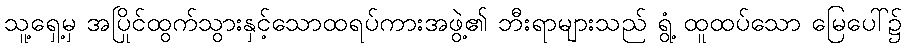
သူ့ရှေ့မှ အပြိုင်ထွက်သွားနှင့်သောထရပ်ကားအဖွဲ့၏ ဘီးရာများသည် ရွံ့ ထူထပ်သော မြေပေါ်၌